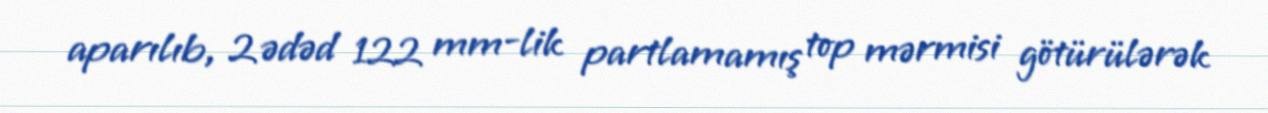
aparılıb, 2 ədəd 122 mm-lik partlamamış top mərmisi götürülərək